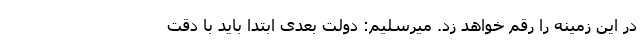
در این زمینه را رقم خواهد زد. میرسلیم: دولت بعدی ابتدا باید با دقت